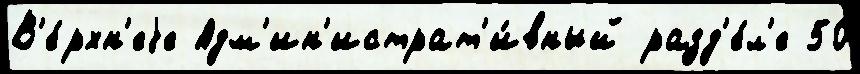
В'е́рхн'еjе Адм'ин'истрат'и́вный разд'е́л'е 50